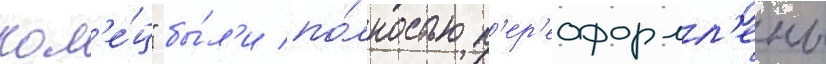
кол'е́ц" бы́л'и по́лностью п'ер'еоформл'ены